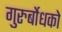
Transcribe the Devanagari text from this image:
गुरुर्बोधको